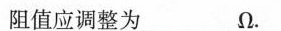
阻值应调整为___\Omega。